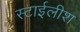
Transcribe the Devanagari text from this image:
स्टाईलीश